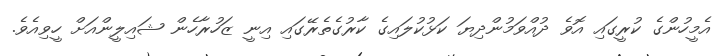
އެމީހުންގެ ކުރީގައި އޮވެ ދުއްވަމުންދިޔަ ކަޅުކުލައިގެ ކާރުގެތެރޭގައި އިނީ ޒަހުރާހެން ޝައިލީންއަށް ހީވިއެވެ.